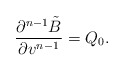
\begin{align*} \frac{\partial^{n-1}\tilde{B}}{\partial v^{n-1}}=Q_0.\end{align*}